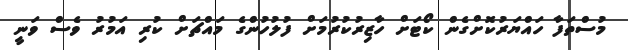
މުސްތަފާ ހައްޔަރުކޮށްގެން ކޯޓަށް ހާޒިރުކުރުމަށް ފުލުހުންގެ މައްޗަށް ކުރި އަމުރު ވެސް ވަނީ